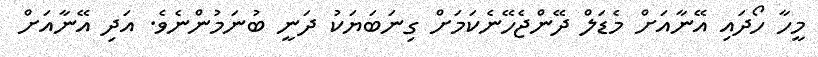
މީހާ ހޯދައި އޭނާއަށް މެޑަލް ދޭންޖެހޭނެކަމަށް ގިނަބަޔަކު ދަނީ ބުނަމުންނެވެ. އަދި އޭނާއަށް